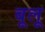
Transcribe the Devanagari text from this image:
बूलू